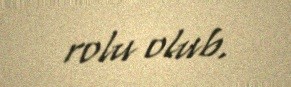
rolu olub.